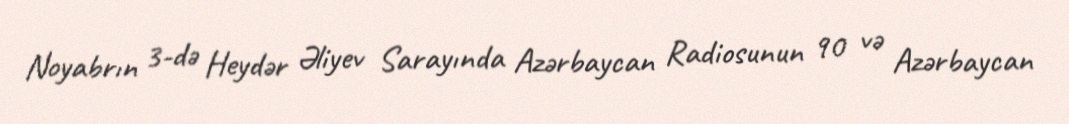
Noyabrın 3-də Heydər Əliyev Sarayında Azərbaycan Radiosunun 90 və Azərbaycan